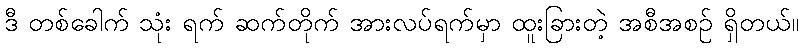
ဒီ တစ်ခေါက် သုံး ရက် ဆက်တိုက် အားလပ်ရက်မှာ ထူးခြားတဲ့ အစီအစဉ် ရှိတယ်။